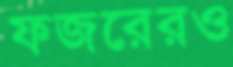
ফজরেরও